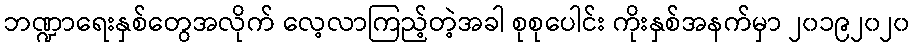
ဘဏ္ဍာရေးနှစ်တွေအလိုက် လေ့လာကြည့်တဲ့အခါ စုစုပေါင်း ကိုးနှစ်အနက်မှာ ၂၀၁၉၂၀၂၀